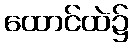
ထောင်ထဲ၌